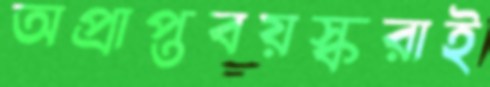
অপ্রাপ্তবয়স্করাই